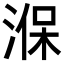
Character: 湺